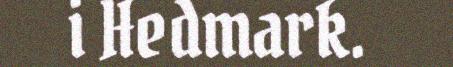
i Hedmark.